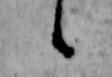
候